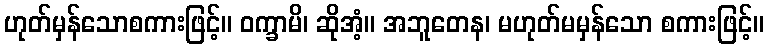
ဟုတ်မှန်သောစကားဖြင့်။ ဝက္ခာမိ၊ ဆိုအံ့။ အဘူတေန၊ မဟုတ်မမှန်သော စကားဖြင့်။